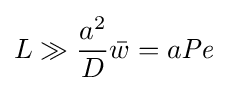
L\gg {\frac {a^{2}}{D}}{\bar {w}}=a{\mathit {Pe}}